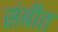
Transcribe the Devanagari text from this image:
संबीत